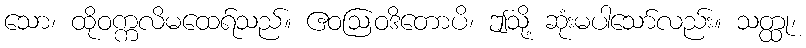
သော၊ ထိုဝက္ကလိမထေရ်သည်။ ဧဝဩဝဒိတောပိ၊ ဤသို့ ဆုံးမပါသော်လည်း။ သတ္ထု၊